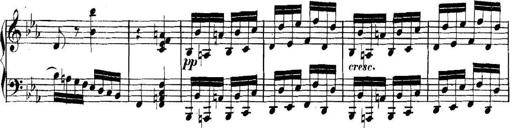
Title: Collected Piano Sonatas
Composer: Muzio Clementi